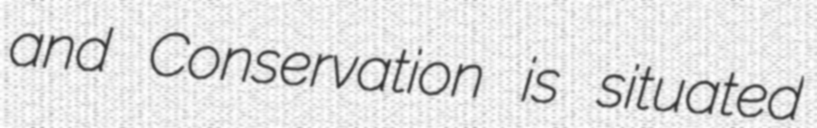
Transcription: and Conservation is situated